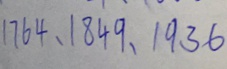
1 7 6 4 , 1 8 4 9 , 1 9 3 6